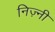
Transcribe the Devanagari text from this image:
निज़्नी